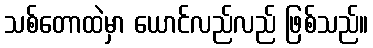
သစ်တောထဲမှာ ယောင်လည်လည် ဖြစ်သည်။